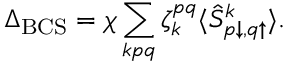
\Delta _ { \mathrm { B C S } } = \chi \sum _ { k p q } \zeta _ { k } ^ { p q } \langle \hat { S } _ { p \downarrow , q \uparrow } ^ { k } \rangle .